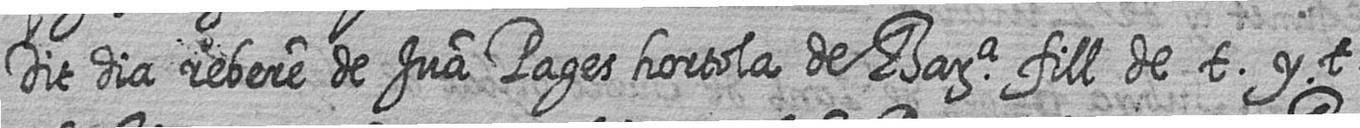
Dit dia rebere de Jua Pages hortola de Bara fill de t y t